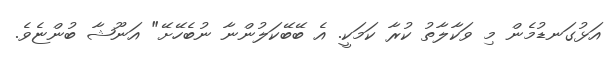
އަޅުގަނޑުމެން މި ވަކާލާތު ކުރާ ކަމަކީ. އެ ބޭބޭކަލުންނާ ނުބެހޭށޭ" އަނޫޝާ ބުންޏެވެ.